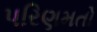
પરિણમતો